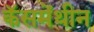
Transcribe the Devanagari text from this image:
कॅसमेंथीन